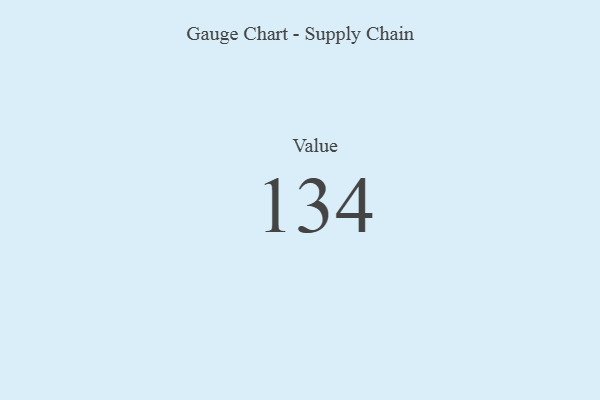
{"axis": {"x": "Metric", "y": "Value"}, "legend": [""], "data": [{"x": "Value", "y": 134, "type": ""}]}